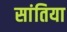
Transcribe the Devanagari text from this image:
सांतिया